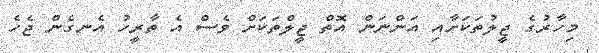
މިހާރުގެ ޖީލުތަކަށާއި އަންނަން އޮތް ޖީލްތަކަށް ވެސް އެ ތާރީހު އެނގެން ޖެހެ